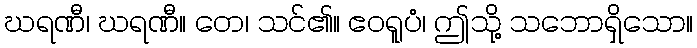
ဃရဏီ၊ ဃရဏီ။ တေ၊ သင်၏။ ဧဝရူပံ၊ ဤသို့ သဘောရှိသော။